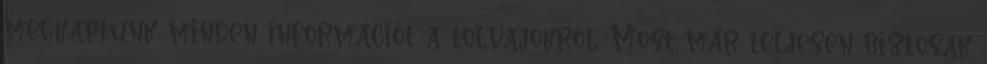
megkaptunk minden információt a tolvajokról. Most már teljesen biztosak